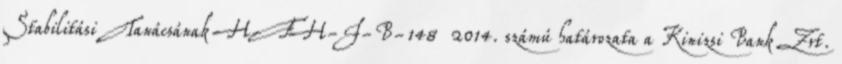
Stabilitási Tanácsának H-FH-I-B-148 2014. számú határozata a Kinizsi Bank Zrt.